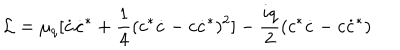
LaTeX: { \cal L } = \mu _ { q } [ \dot { c } \dot { c } ^ { * } + \frac { 1 } { 4 } ( c ^ { * } \dot { c } - c \dot { c } ^ { * } ) ^ { 2 } ] - \frac { i q } { 2 } ( c ^ { * } \dot { c } - c \dot { c } ^ { * } )